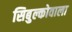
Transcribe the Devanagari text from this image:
सिबुल्कोवाला